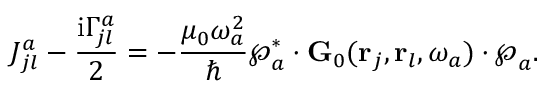
J _ { j l } ^ { a } - \frac { \mathrm { i } \Gamma _ { j l } ^ { a } } { 2 } = - \frac { \mu _ { 0 } \omega _ { a } ^ { 2 } } { \hbar } \boldsymbol { \wp } _ { a } ^ { * } \cdot { \bf G } _ { 0 } ( { \bf r } _ { j } , { \bf r } _ { l } , \omega _ { a } ) \cdot \boldsymbol { \wp } _ { a } .